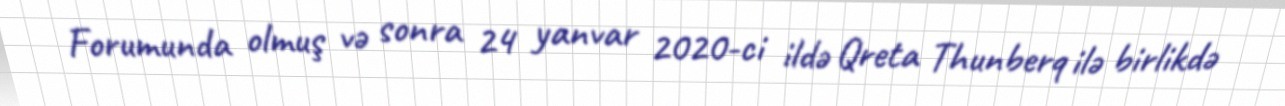
Forumunda olmuş və sonra 24 yanvar 2020-ci ildə Qreta Thunberq ilə birlikdə